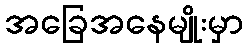
အခြေအနေမျိုးမှာ